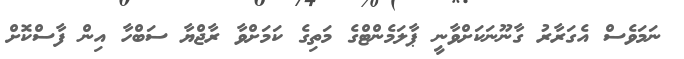
ނަމަވެސް އެގަރާރު ގާނޫނަކަށްވާނީ ޕާލަމެންޓްގެ މަތިގެ ކަމަށްވާ ރާޖްޔާ ސަބްހާ އިން ފާސްކޮށް